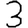
Digit: 3